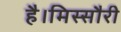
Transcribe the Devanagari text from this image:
है।मिस्सौरी